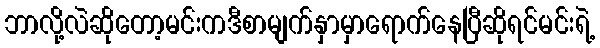
ဘာလို့လဲဆိုတော့မင်းကဒီစာမျက်နှာမှာရောက်နေပြီဆိုရင်မင်းရဲ့